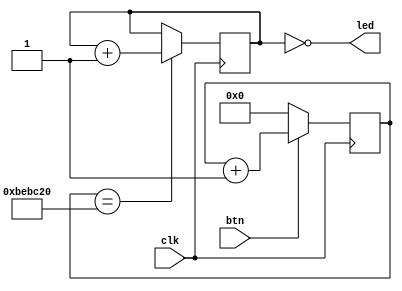
module top (
    input wire clk,
    input wire btn,
    output wire [7:0]led
);

reg [7:0]leds_reg;
reg [25:0] counter;

initial begin
    leds_reg = 0;
    counter = 0;
end

assign led = ~leds_reg;

always @(posedge clk ) begin
    if(counter == 12500000 ) begin
        leds_reg <= leds_reg + 1;
        counter <= 0;
    end


    if(btn == 1'b1) begin
        counter <= counter + 1;
    end else begin
        counter <= 0;
    end
end

endmodule